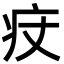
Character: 㽴